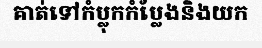
គាត់ទៅកំប្លុកកំប្លែងនិងយក